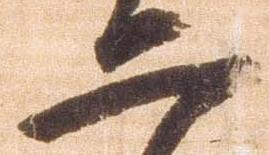
二